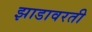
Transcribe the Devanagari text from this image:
झाडावरती